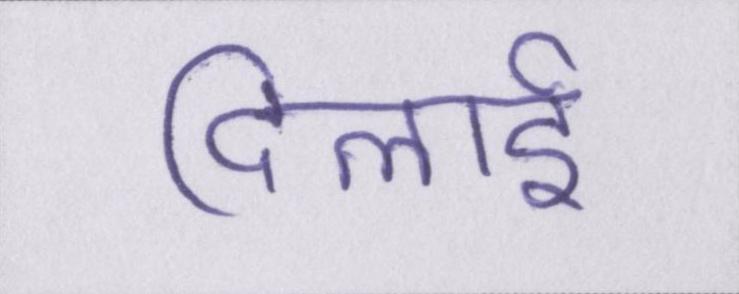
दिलाई